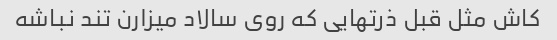
کاش مثل قبل ذرتهایی که روی سالاد میزارن تند نباشه